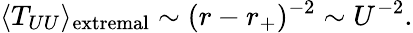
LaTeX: \langle T_{UU}\rangle_{\mathrm{extremal}}\sim(r-r_{+})^{-2}\sim U^{-2}.